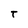
Character: t